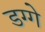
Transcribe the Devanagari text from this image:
डग्गे